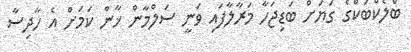
ބްލެކްބަކްގެ ގަޔަށް ބަޑިޖަހާ މަރާލާފައި ވަނީ ސަލްމާން ޚާން ކަމަށް އެ ހާދިސާ